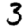
Digit: 3